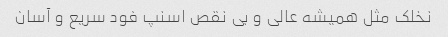
نخلک مثل همیشه عالی و بی نقص اسنپ فود سریع و آسان